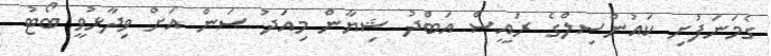
ގެމަނަފުށި ކައުންސިލްގެ ރައީސް އަބްދު ޝިޔާން މިއަދު ސަން އަށް ވިދާޅުވީ ބޯޓު